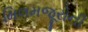
મિલમજૂરોની